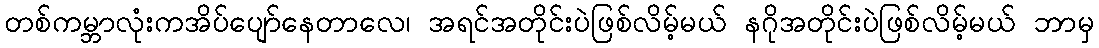
တစ်ကမ္ဘာလုံးကအိပ်ပျော်နေတာလေ၊ အရင်အတိုင်းပဲဖြစ်လိမ့်မယ် နဂိုအတိုင်းပဲဖြစ်လိမ့်မယ် ဘာမှ